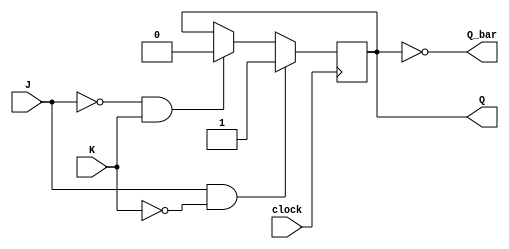
module jk_ff (
    input clock, J, K,
    output reg Q, Q_bar
);

reg FF_state;

always @(posedge clock) begin
    if (J & ~K)
        FF_state <= 1'b1; //SET
    else if (~J & K)
        FF_state <= 1'b0; //RESET
end

assign Q = FF_state;
assign Q_bar = ~FF_state;

endmodule